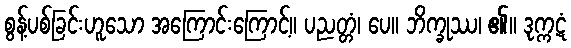
စွန့်ပစ်ခြင်းဟူသော အကြောင်းကြောင့်။ ပညတ္တံ၊ ပေ။ ဘိက္ခုဿ၊ ၏။ ဒုက္ကဋံ